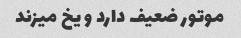
موتور ضعیف دارد و یخ میزند